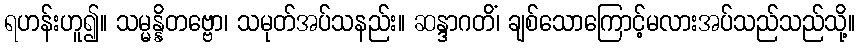
ရဟန်းဟူ၍။ သမ္မန္နိတဗ္ဗော၊ သမုတ်အပ်သနည်း။ ဆန္ဒာဂတိံ၊ ချစ်သောကြောင့်မလားအပ်သည်သည်သို့။